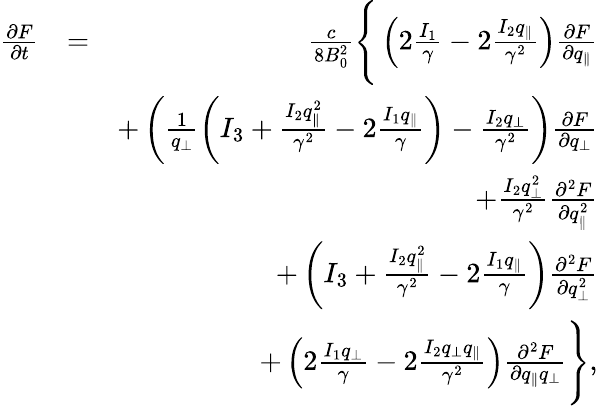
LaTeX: \begin{array}{rlr}{\frac{\partial F}{\partial t}}&{=}&{\frac{c}{8B_{0}^{2}}\Bigg\lbrace\left(2\frac{I_{1}}{\gamma}-2\frac{I_{2}q_{\parallel}}{\gamma^{2}}\right)\frac{\partial F}{\partial q_{\parallel}}}\\ &{}&{+\left(\frac{1}{q_{\perp}}\left(I_{3}+\frac{I_{2}q_{\parallel}^{2}}{\gamma^{2}}-2\frac{I_{1}q_{\parallel}}{\gamma}\right)-\frac{I_{2}q_{\perp}}{\gamma^{2}}\right)\frac{\partial F}{\partial q_{\perp}}}\\ &{}&{+\frac{I_{2}q_{\perp}^{2}}{\gamma^{2}}\frac{\partial^{2}F}{\partial q_{\parallel}^{2}}}\\ &{}&{+\left(I_{3}+\frac{I_{2}q_{\parallel}^{2}}{\gamma^{2}}-2\frac{I_{1}q_{\parallel}}{\gamma}\right)\frac{\partial^{2}F}{\partial q_{\perp}^{2}}}\\ &{}&{+\left(2\frac{I_{1}q_{\perp}}{\gamma}-2\frac{I_{2}q_{\perp}q_{\parallel}}{\gamma^{2}}\right)\frac{\partial^{2}F}{\partial q_{\parallel}q_{\perp}}\Bigg\rbrace,}\end{array}